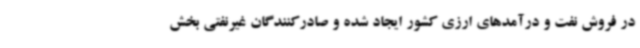
در فروش نفت و درآمدهای ارزی کشور ایجاد شده و صادرکنندگان غیرنفتی بخش